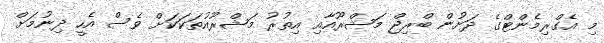
މި އެގްރިމެންޓްގެ ދަށުން ބްރިޖް މަޝްރޫއާއި އިތުރު މަޝްރޫއުތަކަކަށް ވެސް އެހީ ދިނުމަށް